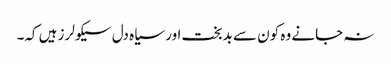
نہ جانے وہ کون سے بدبخت اور سیاہ دل سیکولرز ہیں کہ۔